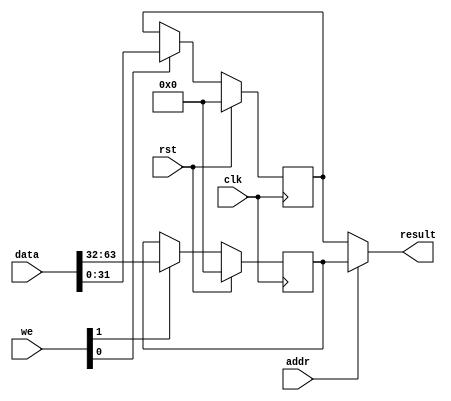
`timescale 1ns / 1ps
//////////////////////////////////////////////////////////////////////////////////
// Company: 
// Engineer: 
// 
// Design Name: 
// Module Name: hilo_reg
// Project Name: 
// Target Devices: 
// Tool Versions: 
// Description: 
// 
// Dependencies: 
// 
// Revision:
// Revision 0.01 - File Created
// Additional Comments:
// 
//////////////////////////////////////////////////////////////////////////////////


module hilo_reg(
    input wire clk,rst,
    input wire [1:0]we,
    input wire [63:0]data,
    input wire addr,
    output wire [31:0] result
    );
    
    reg [31:0]hi_o, lo_o;

    always @(negedge clk) begin
        if(rst) begin
            hi_o <= 0;
            lo_o <= 0;
        end else begin
            if(we[1] == 1'b1) begin
                hi_o <= data[63:32];
            end
            if(we[0] == 1'b1) begin
                lo_o <= data[31:0];
            end
        end
    end

    assign result = (addr==1'b1) ? hi_o : lo_o;

    //assign rd = (ra != 0)? 

endmodule